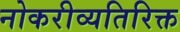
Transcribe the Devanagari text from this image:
नोकरीव्यतिरिक्त